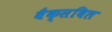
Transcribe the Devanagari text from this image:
वैक्सबिल